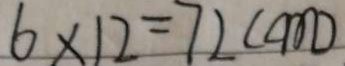
6 \times 1 2 = 7 2 ( c m )